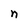
Character: n